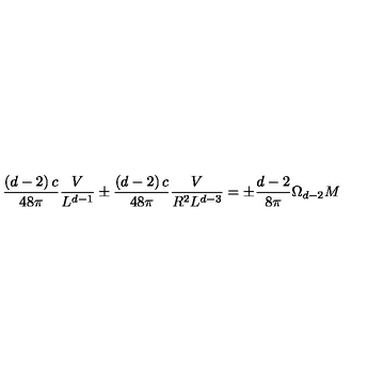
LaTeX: \frac { \left( d - 2 \right) c } { 4 8 \pi } \frac { V } { L ^ { d - 1 } } \pm \frac { \left( d - 2 \right) c } { 4 8 \pi } \frac { V } { R ^ { 2 } L ^ { d - 3 } } = \pm \frac { d - 2 } { 8 \pi } \Omega _ { d - 2 } M